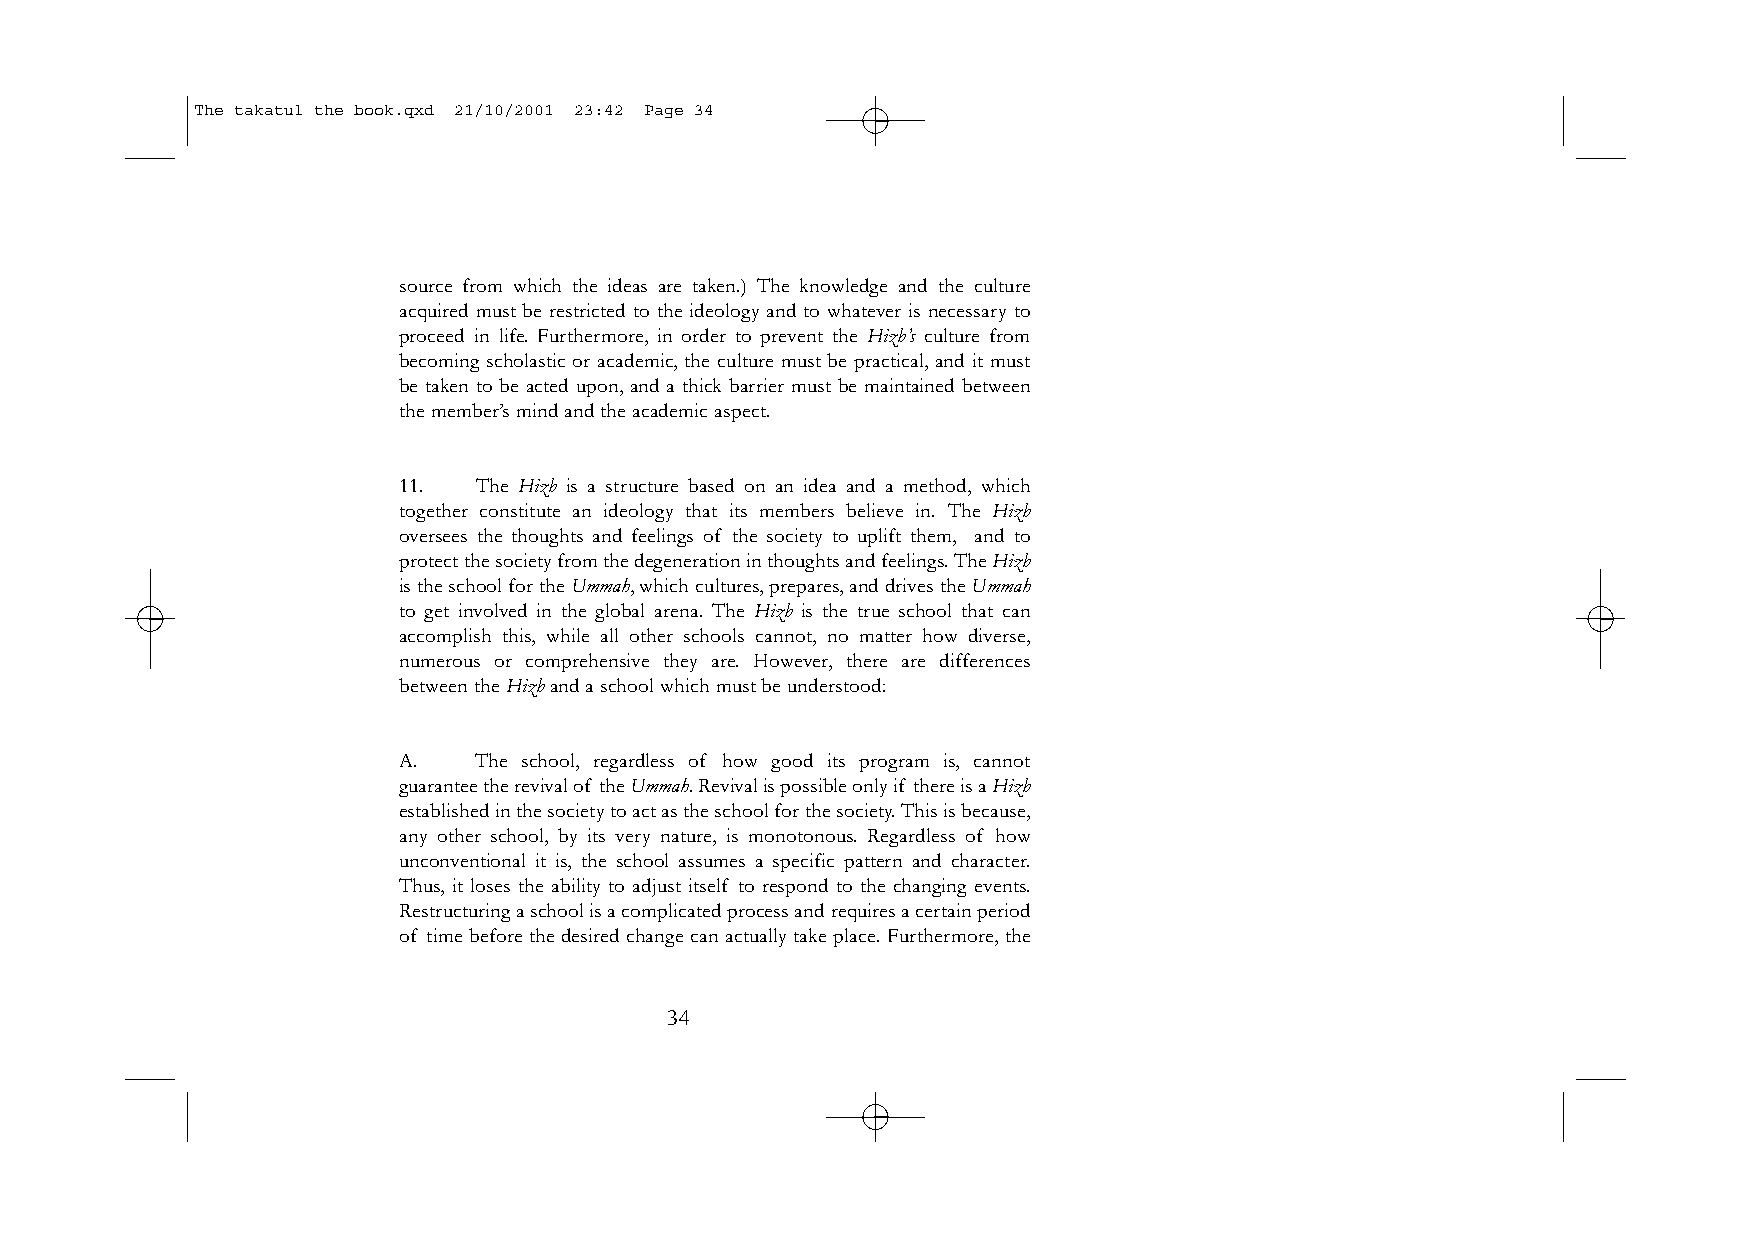
The takatul the book.qxd 21/10/2001 23:42 Page 34
 source from which the ideas are taken.) The knowledge and the culture
 acquired must be restricted to the ideology and to whatever is necessary to
 proceed in life. Furthermore, in order to prevent the Hizb’s culture from
 becoming scholastic or academic, the culture must be practical, and it must
 be taken to be acted upon, and a thick barrier must be maintained between
 the member’s mind and the academic aspect.
 11.  The Hizb is a structure based on an idea and a method, which
 together constitute an ideology that its members believe in. The Hizb
 oversees the thoughts and feelings of the society to uplift them, and to
 protect the society from the degeneration in thoughts and feelings.The Hizb
 is the school for the Ummah,which cultures,prepares,and drives the Ummah
 to get involved in the global arena. The Hizb is the true school that can
 accomplish this, while all other schools cannot, no matter how diverse,
 numerous or comprehensive they are. However, there are differences
 between the Hizband a school which must be understood:
 A.   The school, regardless of how good its program is, cannot
 guarantee the revival of the Ummah.Revival is possible only if there is a Hizb
 established in the society to act as the school for the society.This is because,
 any other school, by its very nature, is monotonous. Regardless of how
 unconventional it is, the school assumes a specific pattern and character.
 Thus, it loses the ability to adjust itself to respond to the changing events.
 Restructuring a school is a complicated process and requires a certain period
 of time before the desired change can actually take place. Furthermore, the
 34